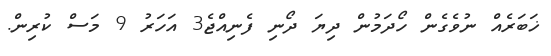
ޚަބަރެއް ނުވެގެން ހޯދަމުން ދިޔަ ދޯނި ފެނިއްޖެ3 އަހަރު 9 މަސް ކުރިން.